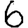
Digit: 6